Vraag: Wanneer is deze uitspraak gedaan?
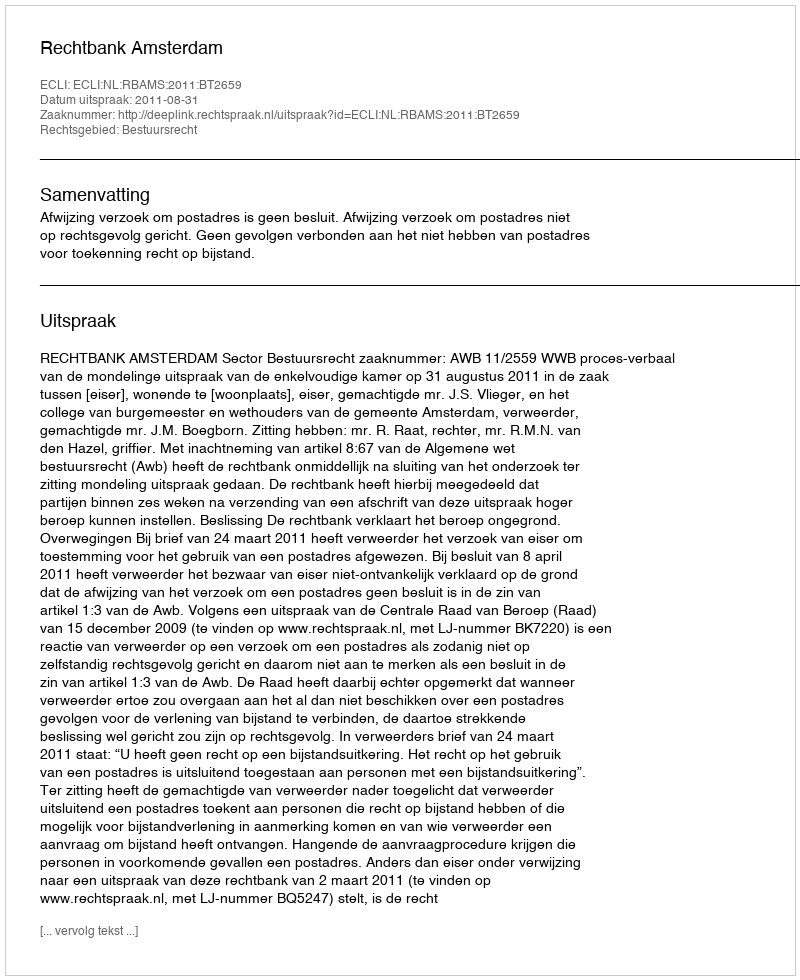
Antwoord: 2011-08-31